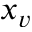
x _ { v }